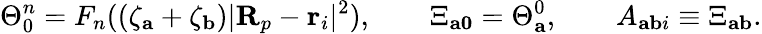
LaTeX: \Theta_{0}^{n}=F_{n}((\zeta_{\mathbf{a}}+\zeta_{\mathbf{b}})\vert\mathbf{R}_{p}-\mathbf{r}_{i}\vert^{2}),\qquad\Xi_{\mathbf{a0}}=\Theta_{\mathbf{a}}^{0},\qquad A_{\mathbf{ab}i}\equiv\Xi_{\mathbf{ab}}.